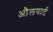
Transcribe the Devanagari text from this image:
औलपार्ट